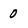
Character: 0